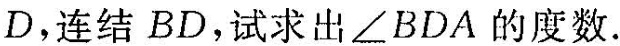
D，连结BD，试求出∠BDA的度数.